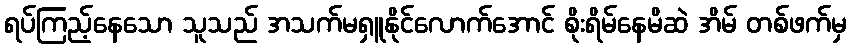
ရပ်ကြည့်နေသော သူသည် အသက်မရှူနိုင်လောက်အောင် စိုးရိမ်နေမိဆဲ အိမ် တစ်ဖက်မှ